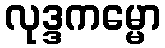
လုဒ္ဒကမ္မော